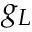
g _ { L }